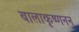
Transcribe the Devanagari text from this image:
बालाकृष्णनन